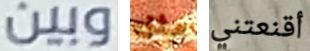
وبين مثل أقنعتني